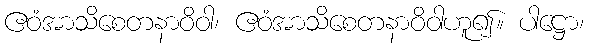
ဧဝံအာသိစေတနာဝိဝါ၊ ဧဝံအာသိစေတနာဝိဝါဟူ၍။ ပါဋ္ဌော၊